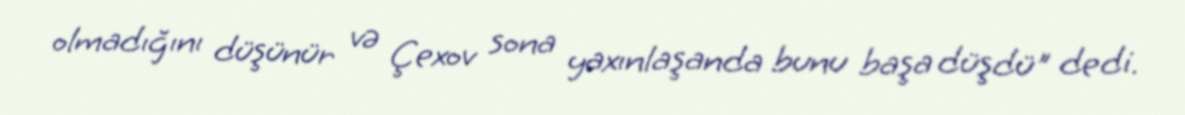
olmadığını düşünür və Çexov sona yaxınlaşanda bunu başa düşdü" dedi.